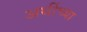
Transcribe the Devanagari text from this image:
अर्थीच्या